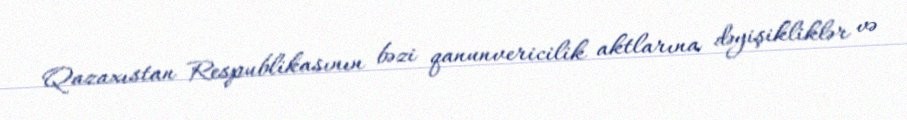
Qazaxıstan Respublikasının bəzi qanunvericilik aktlarına dəyişikliklər və